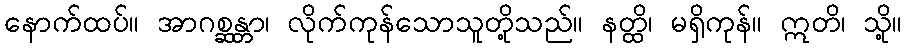
နောက်ထပ်။ အာဂစ္ဆန္တာ၊ လိုက်ကုန်သောသူတို့သည်။ နတ္ထိ၊ မရှိကုန်။ ဣတိ၊ သို့။